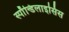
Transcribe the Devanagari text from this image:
स्पाॅन्डिलाइसिस